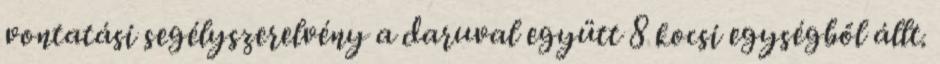
vontatási segélyszerelvény a daruval együtt 8 kocsi egységből állt.